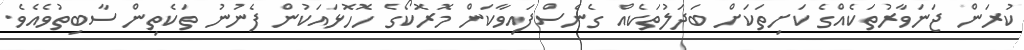
ކުރަން ޖަނަވާރުތަކެއްގެ ކަށިތަކަށް ބަދަލުތަކެއް ގެނެސްފައިވާކަން މޮރޮކޯގެ ހޮހޮޅައަކުން ފެނުނު ތަކެތިން ސާބިތުވެއެވެ.